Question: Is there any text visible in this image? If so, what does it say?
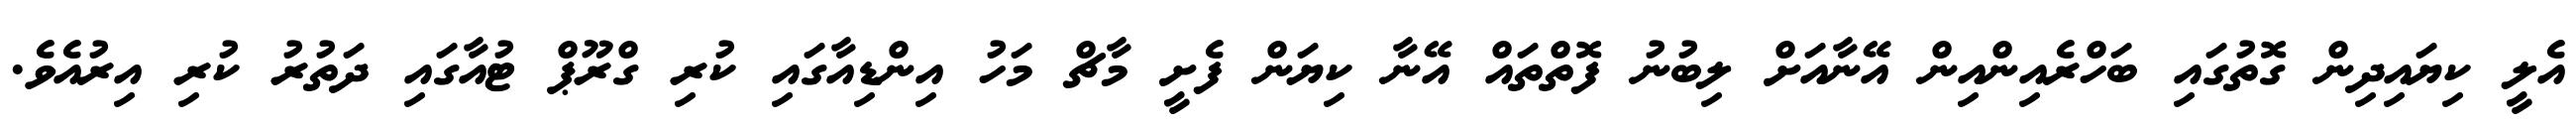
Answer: އެލީ ކިޔައިދިން ގޮތުގައި ބަހްރެއިންއިން އޭނާއަށް ލިބުނު ފޮތްތައް އޭނާ ކިޔަން ފެށީ މާޗް މަހު އިންޑިއާގައި ކުރި ގްރޫޕް ޓުއާގައި ދަތުރު ކުރި އިރުއެވެ.